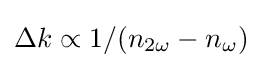
\Delta k\propto 1/(n_{2\omega }-n_{\omega })